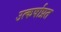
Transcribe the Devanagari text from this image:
उत्कर्षाप्रत